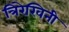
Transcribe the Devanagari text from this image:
त्रिरेखिनी